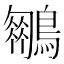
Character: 𪆍